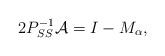
LaTeX: \begin{align*}2P_{SS}^{-1}\mathcal{A}=I-M_{\alpha},\end{align*}